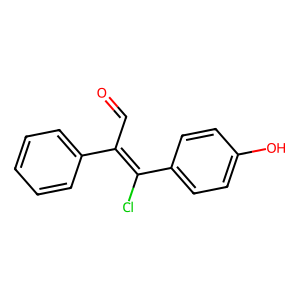
SMILES: O=CC(=C(Cl)c1ccc(O)cc1)c1ccccc1
Inhibits HIV replication: No